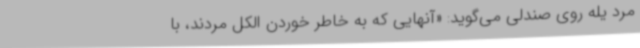
مرد یله روی صندلی می‌گوید: «آنهایی که به خاطر خوردن الکل مردند، با